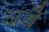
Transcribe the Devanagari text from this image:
अबँ